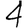
Digit: 4